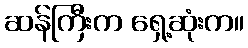
ဆန်ကြီးက ရှေ့ဆုံးက။